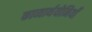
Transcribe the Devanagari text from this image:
काव्यार्थयोनियाँ